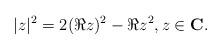
LaTeX: \begin{align*}|z|^2 = 2 (\Re z)^2 - \Re z^2,z\in\mathbf{C}.\end{align*}